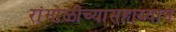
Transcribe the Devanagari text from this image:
रांगोळीच्यासहाय्याने